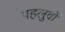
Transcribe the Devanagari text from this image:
पहलुवों